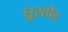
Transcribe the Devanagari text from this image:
घूसपैठ